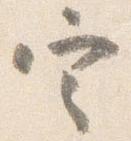
定